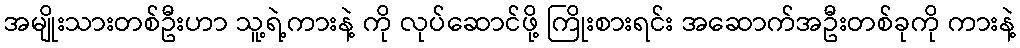
အမျိုးသားတစ်ဦးဟာ သူ့ရဲ့ကားနဲ့ ကို လုပ်ဆောင်ဖို့ ကြိုးစားရင်း အဆောက်အဦးတစ်ခုကို ကားနဲ့